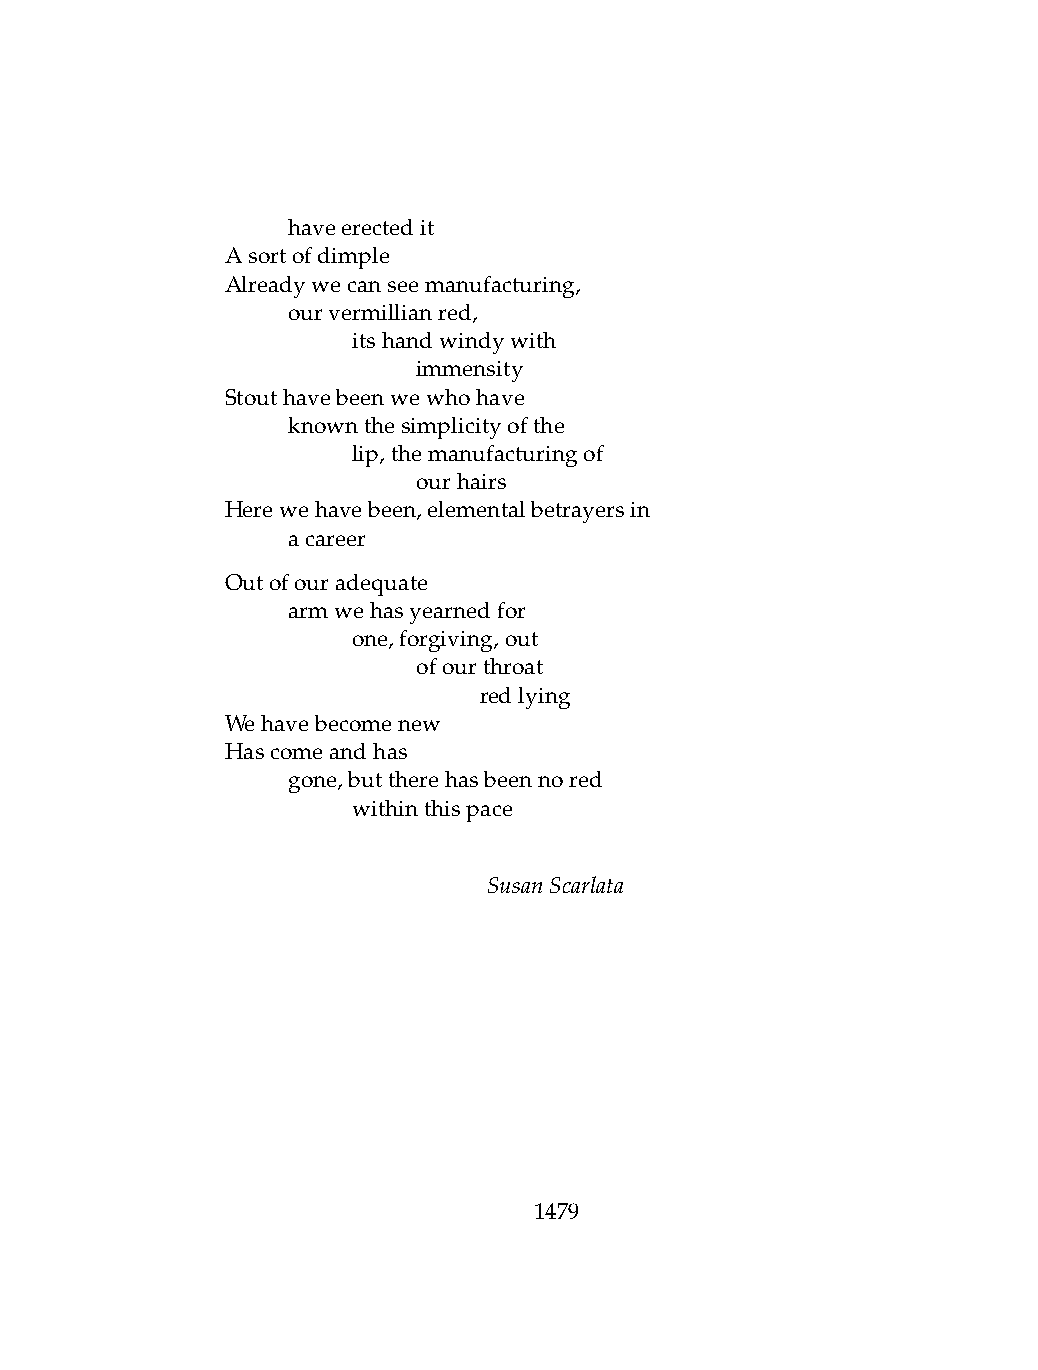
.   haveerectedit
 Asortofdimple
 Alreadywecanseemanufacturing,
 .   ourvermillianred,
 .   .   itshandwindywith
 .   .   .    immensity
 Stouthavebeenwewhohave
 .   knownthesimplicityofthe
 .   .   lip,themanufacturingof
 .   .   .    ourhairs
 Herewehavebeen,elementalbetrayersin
 .   acareer
 Outofouradequate
 .   armwehasyearnedfor
 .   .   one,forgiving,out
 .   .   .    ofourthroat
 .   .   .    .   redlying
 Wehavebecomenew
 Hascomeandhas
 .   gone,buttherehasbeennored
 .   .   withinthispace
 SusanScarlata
 1479